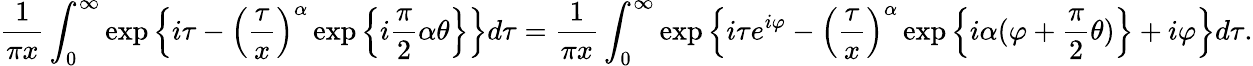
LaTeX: \frac{1}{\pi x}\int_{0}^{\infty}\exp\left\{ i\tau-\left(\frac{\tau}{x}\right)^{\alpha}\exp\left\{ i\frac{\pi}{2}\alpha\theta\right\} \right\} d\tau=\frac{1}{\pi x}\int_{0}^{\infty}\exp\left\{ i\tau e^{i\varphi}-\left(\frac{\tau}{x}\right)^{\alpha}\exp\left\{ i\alpha(\varphi+\frac{\pi}{2}\theta)\right\} +i\varphi\right\} d\tau.